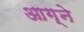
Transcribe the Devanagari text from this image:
आग्ने